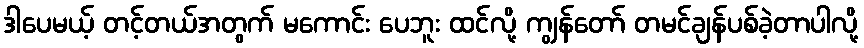
ဒါပေမယ့် တင့်တယ်အတွက် မကောင်း ပေဘူး ထင်လို့ ကျွန်တော် တမင်ချန်ပစ်ခဲ့တာပါလို့